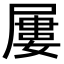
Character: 屢